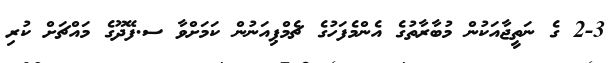
2-3 ގެ ނަތީޖާއަކުން މުބާރާތުގެ އެންމެފަހުގެ ޗެމްޕިއަނުން ކަމަށްވާ ސ.ފޭދޫގެ މައްޗަށް ކުރި